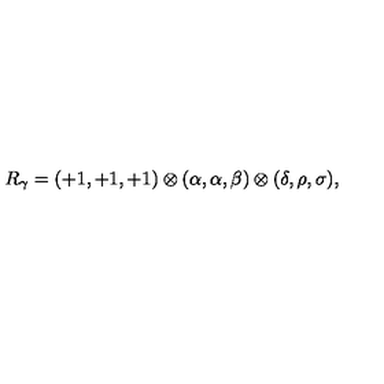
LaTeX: R _ { \gamma } = ( + 1 , + 1 , + 1 ) \otimes ( \alpha , \alpha , \beta ) \otimes ( \delta , \rho , \sigma ) , \,